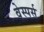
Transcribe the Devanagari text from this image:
वेस्पर्स